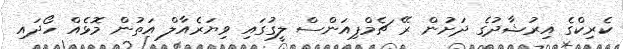
ކެރިކްގެ އިރުޝާދުގެ ދަށުން ރޭ ޗެމްޕިއަންސް ލީގުގައި ވިޔަރެއާލް އަތުން މޮޅެއް ހޯދައި